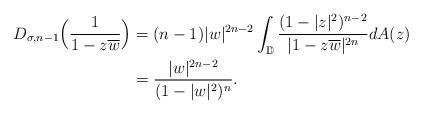
LaTeX: \begin{align*}D_{\sigma,n-1}\Big(\frac{1}{1-z\overline{w}}\Big)&=(n-1)|w|^{2n-2}\int_{\mathbb D}\frac{(1-|z|^2)^{n-2}}{|1-z\overline{w}|^{2n}} dA(z)\\&=\frac{|w|^{2n-2}}{(1-|w|^2)^n}.\end{align*}